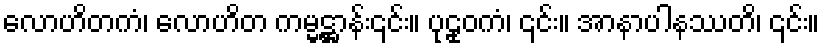
လောဟိတကံ၊ လောဟိတ ကမ္မဋ္ဌာန်း၎င်း။ ပုဠုဝကံ၊ ၎င်း။ အာနာပါနဿတိ၊ ၎င်း။